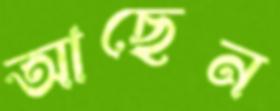
আছেন